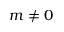
m \ne 0